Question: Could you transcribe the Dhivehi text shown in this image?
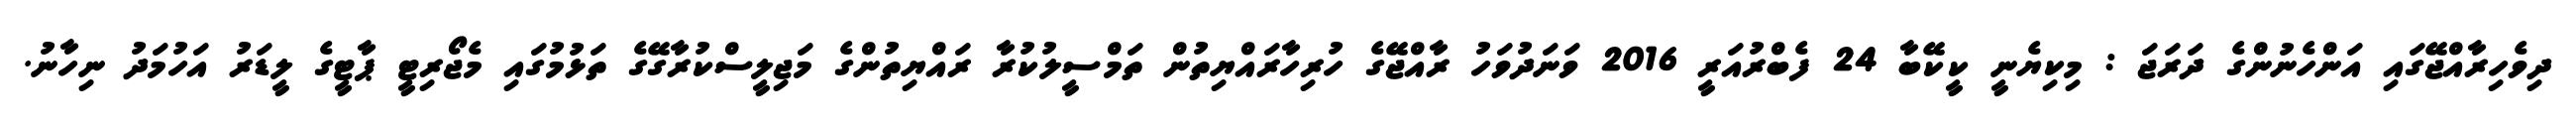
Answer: ދިވެހިރާއްޖޭގައި އަންހެނުންގެ ދަރަޖަ : މިކިޔެނީ ކީކޭބާ 24 ފެބްރުއަރީ 2016 ވަނަދުވަހު ރާއްޖޭގެ ހުރިހާރައްޔިތުން ތަމްސީލުކުރާ ރައްޔިތުންގެ މަޖިލީސްކުރާގޭގެ ތަޅުމުގައި މެޖޯރިޓީ ޕާޓީގެ ލީޑަރު އަހުމަދު ނިހާނު.